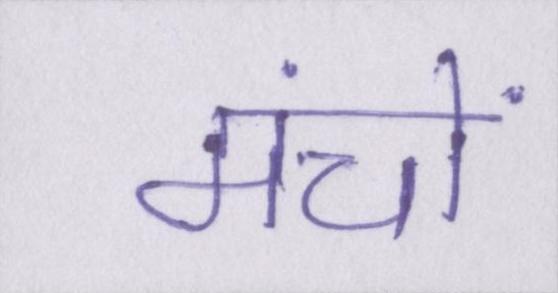
मंचों